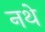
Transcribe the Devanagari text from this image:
नथे